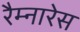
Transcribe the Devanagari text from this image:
रैम्नारेस